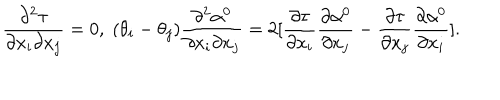
\frac { \partial ^ { 2 } \tau } { \partial x _ { i } \partial x _ { j } } = 0 , \; ( \theta _ { i } - \theta _ { j } ) \frac { \partial ^ { 2 } \alpha ^ { 0 } } { \partial x _ { i } \partial x _ { j } } = 2 [ \frac { \partial \tau } { \partial x _ { i } } \frac { \partial \alpha ^ { 0 } } { \partial x _ { j } } - \frac { \partial \tau } { \partial x _ { j } } \frac { \partial \alpha ^ { 0 } } { \partial x _ { i } } ] .